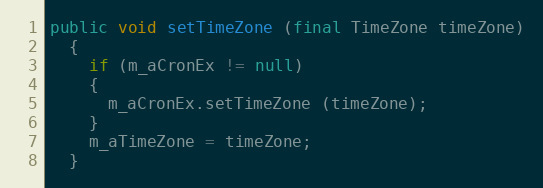
Language: Java
public void setTimeZone (final TimeZone timeZone)
  {
    if (m_aCronEx != null)
    {
      m_aCronEx.setTimeZone (timeZone);
    }
    m_aTimeZone = timeZone;
  }